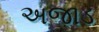
અજાડ